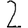
Digit: 2